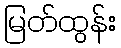
မြတ်ထွန်း